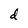
Character: d